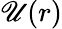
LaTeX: \mathscr{U}(r)